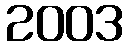
2003